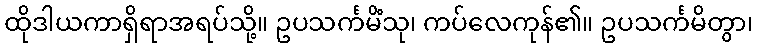
ထိုဒါယကာရှိရာအရပ်သို့။ ဥပသင်္ကမိံသု၊ ကပ်လေကုန်၏။ ဥပသင်္ကမိတွာ၊